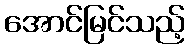
အောင်မြင်သည့်